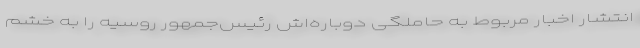
انتشار اخبار مربوط به حاملگی دوباره‌اش رئیس‌جمهور روسیه را به خشم